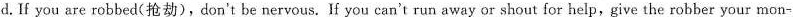
d.If you are robbed(抢劫),don't be nervous. F you can't run away or shout for help,give the robber your mon-